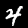
Label: 4